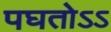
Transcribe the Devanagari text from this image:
पघतोऽऽ